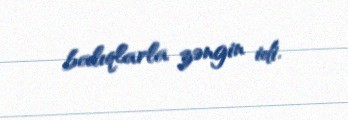
balıqlarla zəngin idi.